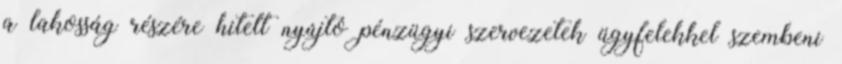
a lakosság részére hitelt nyújtó pénzügyi szervezetek ügyfelekkel szembeni